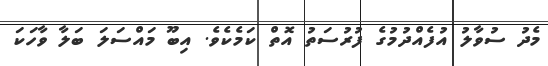
މެދު ސުވާލު އުފެެއްދުމުގެ ފުރުސަތު އޮތް ކަމެކެވެ. އިބޫ މައްސަލަ ބަލާ ވާހަކަ